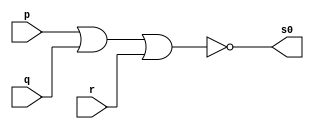
// ---------------------
// Guia 01_02 - NOR
// Nome: Anderson Belchior de Carvalho
// ---------------------

// ---------------------
// -- nor gate
// ---------------------

module norgate (s0, p, q, r);
 output s0;
 input  p, q, r;

 assign s0 = ~(p | q | r);

endmodule // norgate


// --------------------------
// -- test norgate
// --------------------------

module testnorgate;
 reg   a, b, c;             
 wire  s;
          // instancia
 norgate NOR1 (s, a, b, c);

          // parte principal
 initial begin:main
      $display("Guia 01_02 - Anderson Belchior de Carvalho - 396673");
      $display("Test NOR gate");
      $display("\n~(a | b | c) = s\n");
      a=0; b=0; c=0;
  #1  $display("~(%b | %b | %b) = %b", a, b, c, s);
      a=0; b=0; c=1;
  #1  $display("~(%b | %b | %b) = %b", a, b, c, s);
      a=0; b=1; c=0;
  #1  $display("~(%b | %b | %b) = %b", a, b, c, s);
      a=0; b=1; c=1;
  #1  $display("~(%b | %b | %b) = %b", a, b, c, s);
      a=1; b=0; c=0;
  #1  $display("~(%b | %b | %b) = %b", a, b, c, s);
      a=1; b=0; c=1;
  #1  $display("~(%b | %b | %b) = %b", a, b, c, s);
      a=1; b=1; c=0;
  #1  $display("~(%b | %b | %b) = %b", a, b, c, s);
      a=1; b=1; c=1;
  #1  $display("~(%b | %b | %b) = %b", a, b, c, s);   
  
 end

endmodule // testnorgate